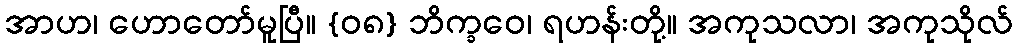
အာဟ၊ ဟောတော်မူပြီ။ {၀၈} ဘိက္ခဝေ၊ ရဟန်းတို့။ အကုသလာ၊ အကုသိုလ်